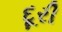
દૂરી